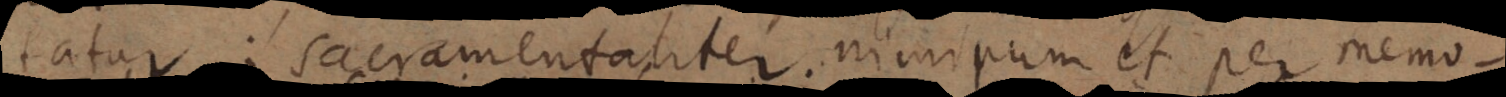
tatur: sacramentaliter nimirum et per memo